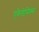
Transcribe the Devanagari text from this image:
एकैडेमिक्स